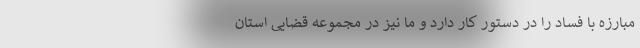
مبارزه با فساد را در دستور کار دارد و ما نیز در مجموعه قضایی استان